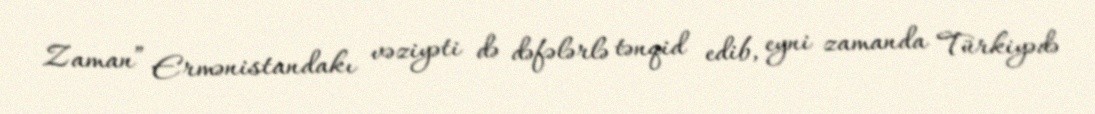
Zaman” Ermənistandakı vəziyəti də dəfələrlə tənqid edib, eyni zamanda Türkiyədə